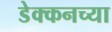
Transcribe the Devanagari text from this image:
डेक्कनच्या